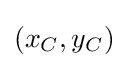
(x_{C},y_{C})